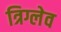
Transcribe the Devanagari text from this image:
त्रिग्लेव